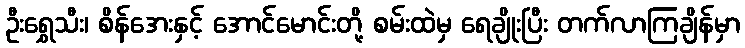
ဦးရွှေသီး၊ စိန်အေးနှင့် အောင်မောင်းတို့ စမ်းထဲမှ ရေချိုးပြီး တက်လာကြချိန်မှာ